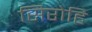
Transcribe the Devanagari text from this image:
सिरोहि